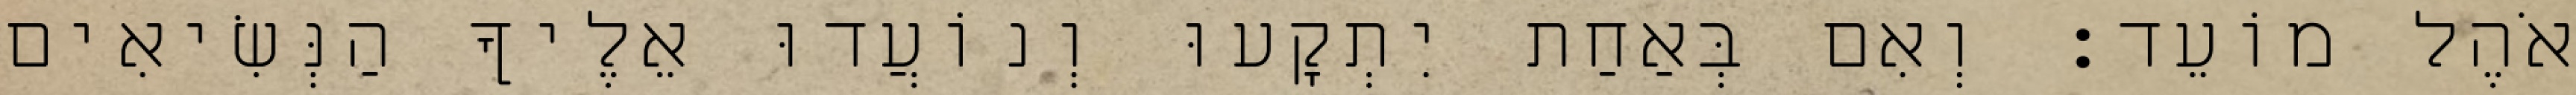
אֹהֶל מוֹעֵד׃ וְאִם בְּאַחַת יִתְקָעוּ וְנוֹעֲדוּ אֵלֶיךָ הַנְּשִׂיאִים